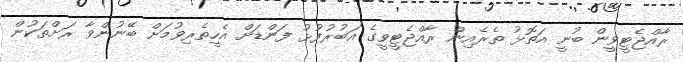
ރާއްޖެޓީވީން ބުނީ އަތޮޅު ތެރެއިން ރާއްޖެޓީވީގެ އަބުރުފުޅު ފަންޑަށް އެހީތެރިވުމަށް ބޭނުންވާ ރަށްތަކުން